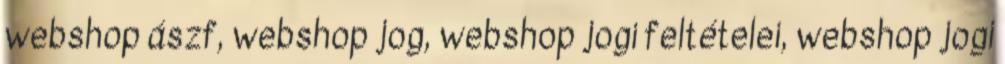
webshop ászf, webshop jog, webshop jogi feltételei, webshop jogi